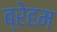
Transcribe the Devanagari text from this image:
ब्रेहम